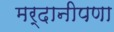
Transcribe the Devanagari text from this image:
मर्दानीपणा